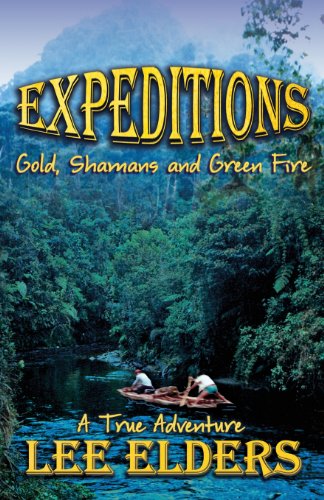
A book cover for Expeditions: Gold, Shamans and Green Fire; Lee Elders; Travel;